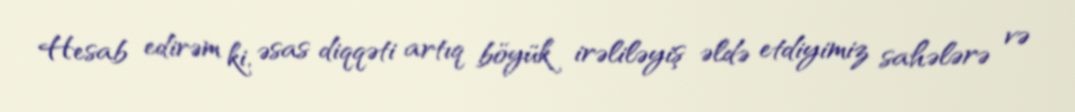
Hesab edirəm ki, əsas diqqəti artıq böyük irəliləyiş əldə etdiyimiz sahələrə və